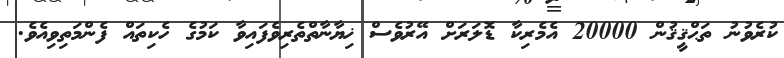
ކުރެވުނު ތަޙްޤީޤުން 20000 އެމެރިކާ ޑޮލަރަށް އޭރުވެސް ޚިޔާނާތްތެރިވެފައިވާ ކަމުގެ ހެކިތައް ފެންމަތިވިއެވެ.